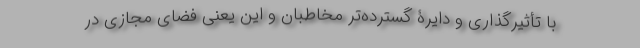
با تأثیرگذاری و دایرۀ گسترده‌تر مخاطبان و این یعنی فضای مجازی در